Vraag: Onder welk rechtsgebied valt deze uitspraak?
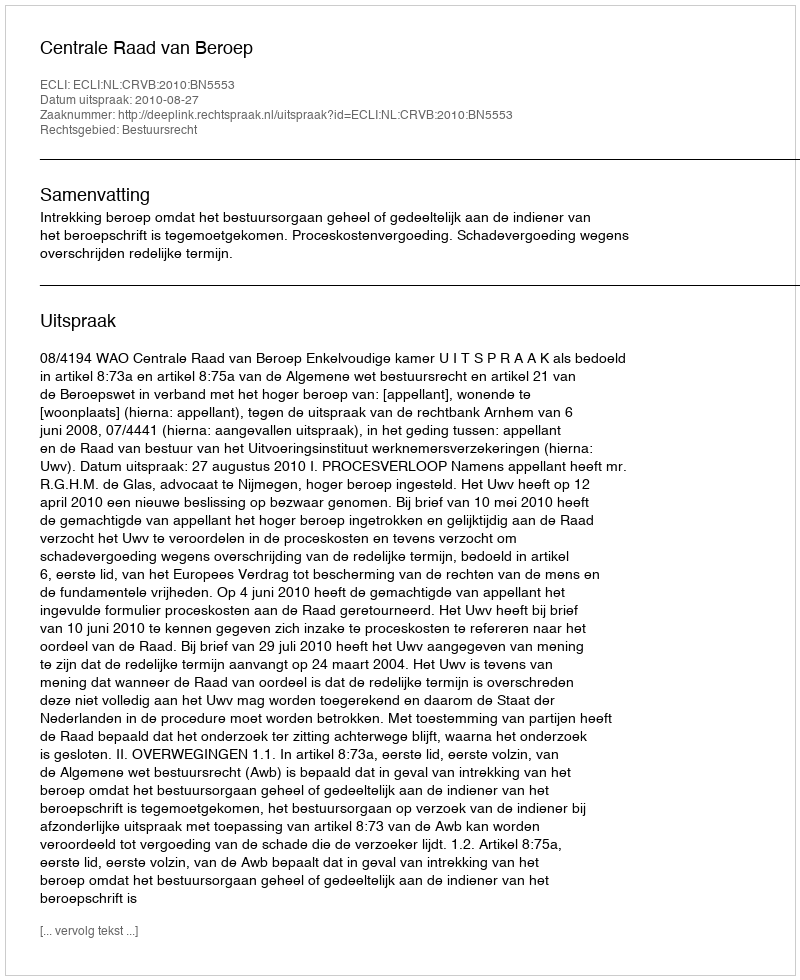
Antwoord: Bestuursrecht